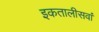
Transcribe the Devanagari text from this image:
इकतालीसवां